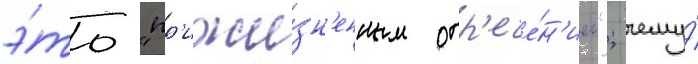
э́то "пр'ижи́зн'енным отр'ече́н'ием"; чему́